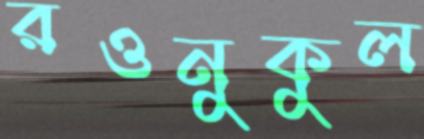
রওনুকুল